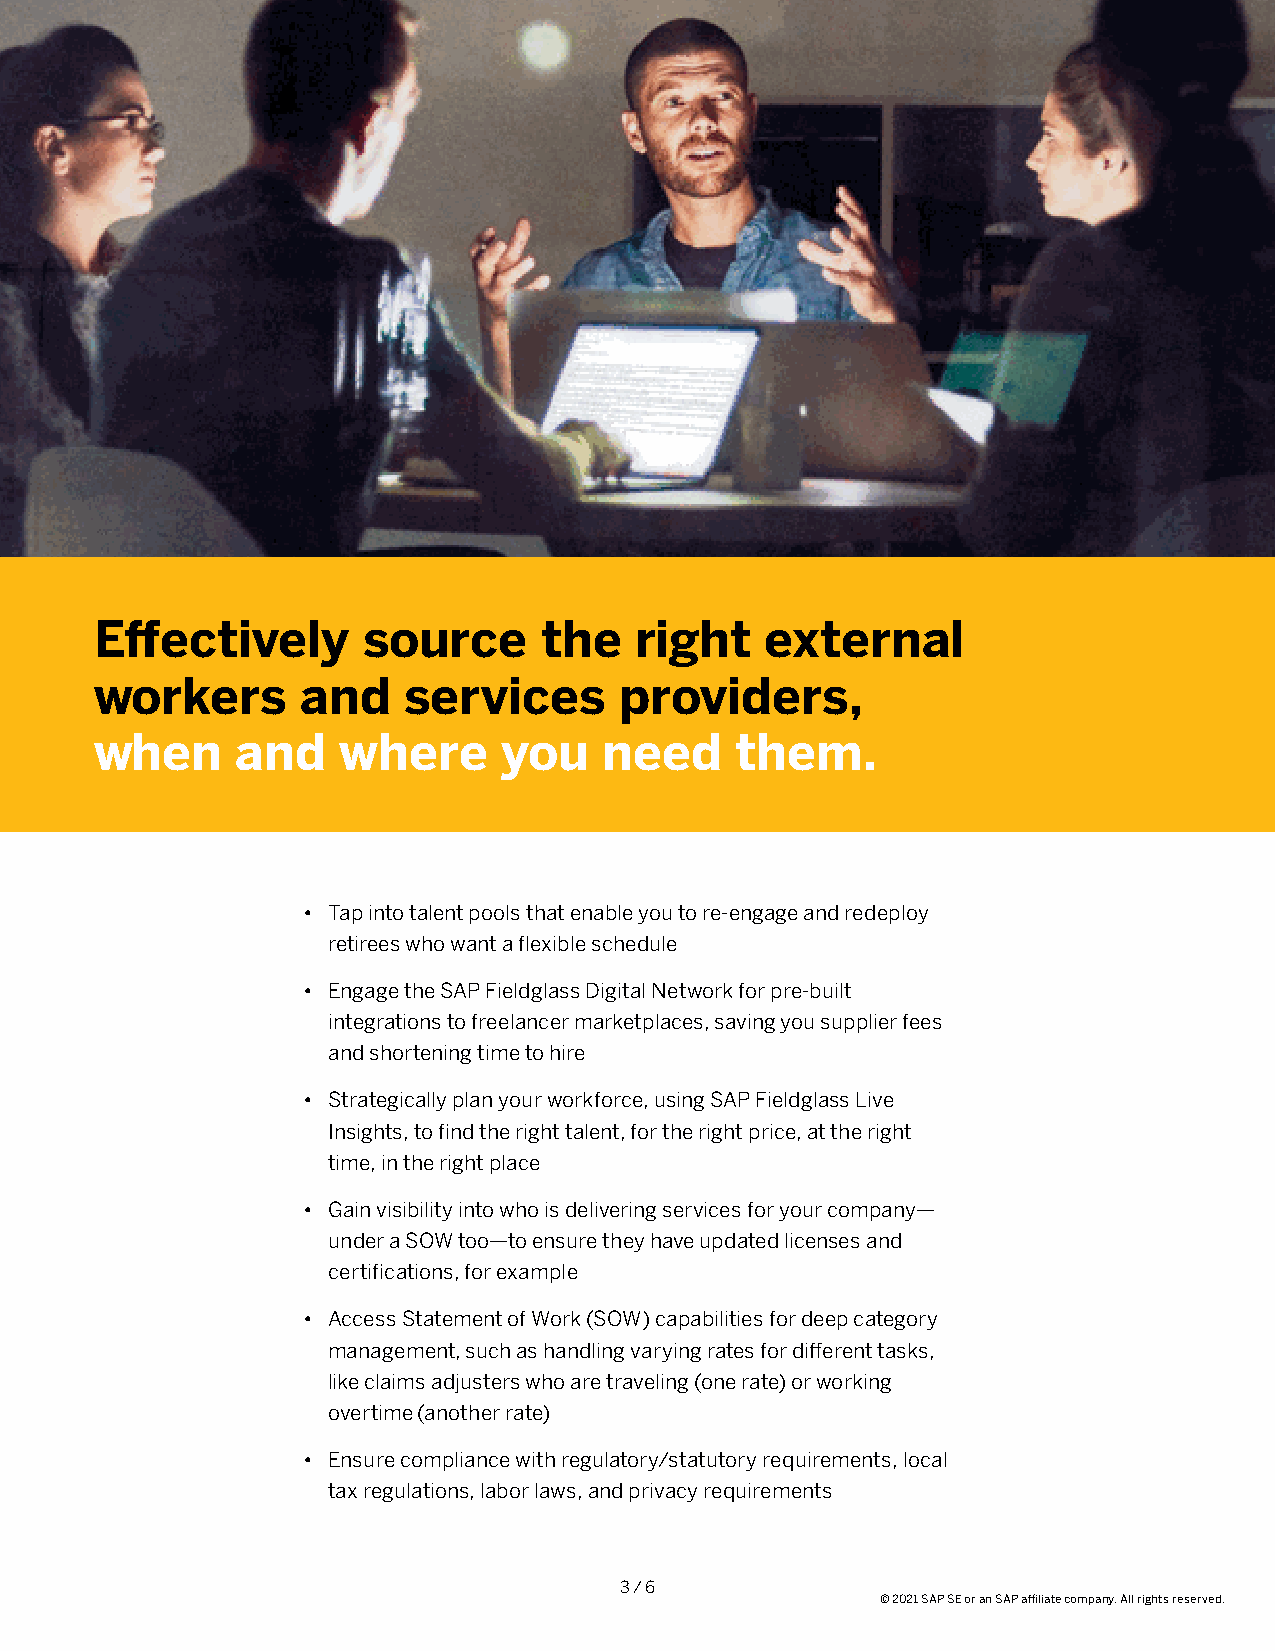
Effectively       source      the   right    external
 workers       and    services      providers,
 when      and    where     you    need     them.
 • Tap into talent pools that enable you to re-engage and redeploy
 retirees who want a flexible schedule
 • Engage the SAP Fieldglass Digital Network for pre-built
 integrations to freelancer marketplaces, saving you supplier fees
 and shortening time to hire
 • Strategically plan your workforce, using SAP Fieldglass Live
 Insights, to find the right talent, for the right price, at the right
 time, in the right place
 • Gain visibility into who is delivering services for your company—
 under a SOW too—to ensure they have updated licenses and
 certifications, for example
 • Access Statement of Work (SOW) capabilities for deep category
 management, such as handling varying rates for different tasks,
 like claims adjusters who are traveling (one rate) or working
 overtime (another rate)
 • Ensure compliance with regulatory/statutory requirements, local
 tax regulations, labor laws, and privacy requirements
 3 / 6
 © 2021 SAP SE or an SAP affiliate company. All rights reserved.